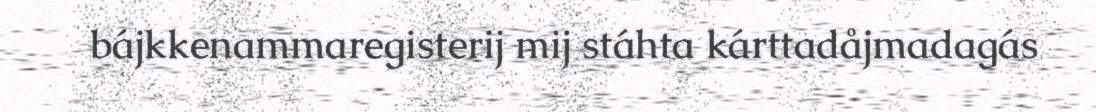
bájkkenammaregisterij mij stáhta kárttadåjmadagás